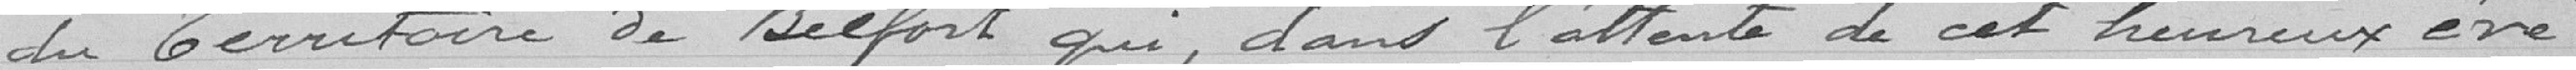
du Territoire de Belfort qui, sans l'attente de cet heureux évè-